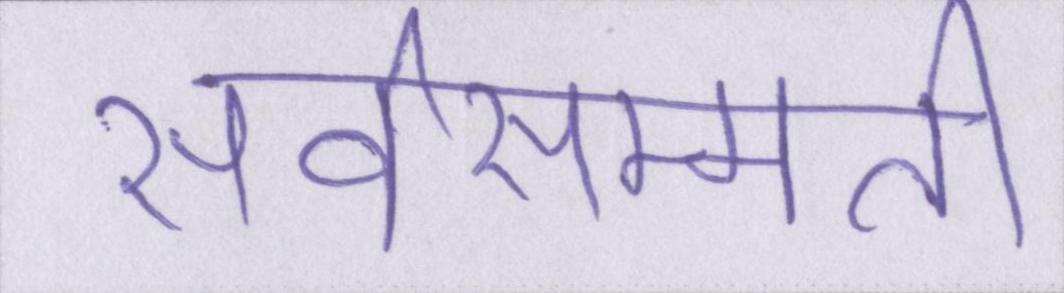
सर्वसम्मति